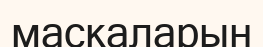
маскаларын